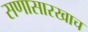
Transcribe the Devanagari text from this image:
सणासारखाच